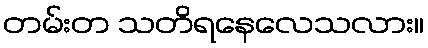
တမ်းတ သတိရနေလေသလား။